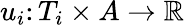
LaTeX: u_{i}\colon T_{i}\times A\rightarrow\mathbb{R}